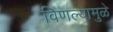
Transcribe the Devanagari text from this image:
विणल्यामुळे